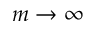
m \rightarrow \infty